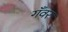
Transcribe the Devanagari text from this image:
गँवर